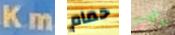
Km حمام وكأنني